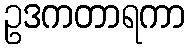
ဥဒကတာရကာ